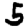
Digit: 5